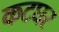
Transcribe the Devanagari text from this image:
कटघर